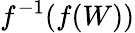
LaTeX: f^{-1}(f(W))